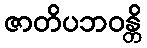
ဇာတိပဘဝန္တိ